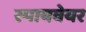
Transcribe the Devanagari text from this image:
स्पायवेयर